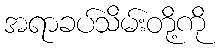
အရာခပ်သိမ်းတို့ကို